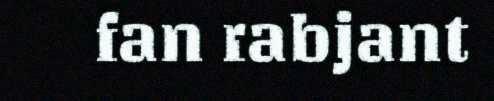
fan rabjant